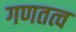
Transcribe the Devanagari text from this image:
गणतत्व